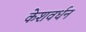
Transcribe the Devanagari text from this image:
केशवर्धन